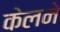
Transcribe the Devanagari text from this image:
केलने